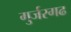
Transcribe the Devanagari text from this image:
गुर्जरगढ